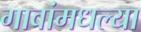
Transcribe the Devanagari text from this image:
गावांमधल्या